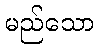
မည်သော